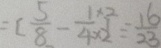
= [ \frac { 5 } { 8 } - \frac { 1 \times 2 } { 4 \times 2 } ] \div \frac { 1 6 } { 2 3 }